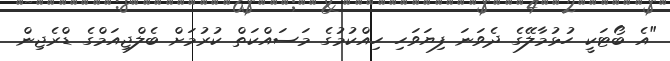
"އެ ބޯޓަކީ ހުޅުމާލޭގެ ދެވަނަ ފިޔަވަހި ހިއްކުމުގެ މަސައްކަތް ކުރުމަށް ބެލްޖިއަމްގެ ޑްރެޖިން